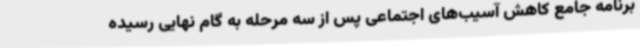
برنامه جامع کاهش آسیب‌های اجتماعی پس از سه مرحله به گام نهایی رسیده